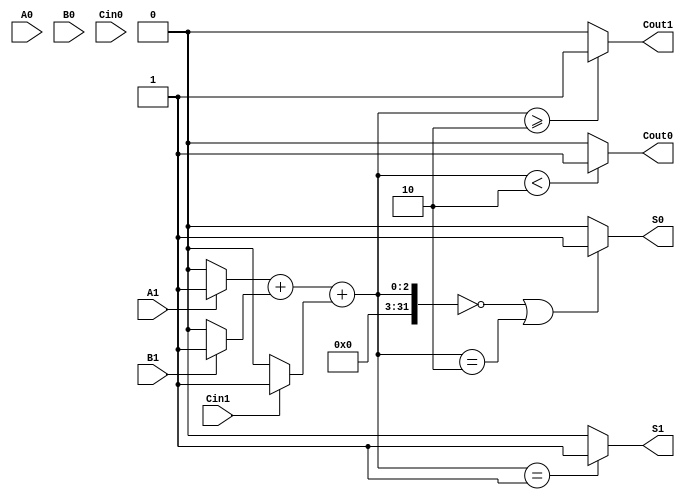
module dual_rail_full_adder (
    input wire A1, A0,      // Dual-rail representation of input A
    input wire B1, B0,      // Dual-rail representation of input B
    input wire Cin1, Cin0,  // Dual-rail representation of carry input Cin
    output wire S1, S0,     // Dual-rail representation of sum output S
    output wire Cout1, Cout0 // Dual-rail representation of carry output Cout
);

    // Intermediate signals for the logic
    wire A, B, Cin;
    wire sum, carry;
    wire A_active, B_active, Cin_active;

    // Decode dual-rail inputs to single-bit values
    assign A = A1 ? 1'b1 : 1'b0;
    assign B = B1 ? 1'b1 : 1'b0;
    assign Cin = Cin1 ? 1'b1 : 1'b0;

    // Full adder logic
    assign sum = A ^ B ^ Cin; // S = A XOR B XOR Cin
    assign carry = (A & B) | (Cin & (A ^ B)); // Cout = (A AND B) OR (Cin AND (A XOR B))

    // Sum output dual-rail encoding
    assign S1 = (A + B + Cin == 1) ? 1'b1 : 1'b0; // S1 is active when the number of 1s is odd
    assign S0 = (A + B + Cin == 0 || A + B + Cin == 2) ? 1'b1 : 1'b0; // S0 is active when the number of 1s is even

    // Carry output dual-rail encoding
    assign Cout1 = (A + B + Cin >= 2) ? 1'b1 : 1'b0; // Cout1 is active when at least two inputs are 1
    assign Cout0 = (A + B + Cin < 2) ? 1'b1 : 1'b0; // Cout0 is active when fewer than two inputs are 1

endmodule